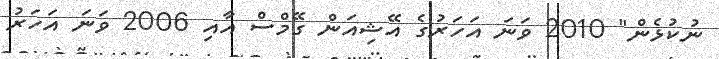
ނުކުޅެން" 2010 ވަނަ އަހަރުގެ އޭޝިއަން ގޭމްސް އާއި 2006 ވަނަ އަހަރު